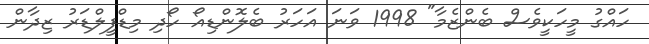
ހައްގު މީހަކީވެސް ބެންޒެމާ" 1998 ވަނަ އަހަރު ބެލޮންޑިއޯ ހޯދި މިޑްފީލްޑަރު ޒިދާން